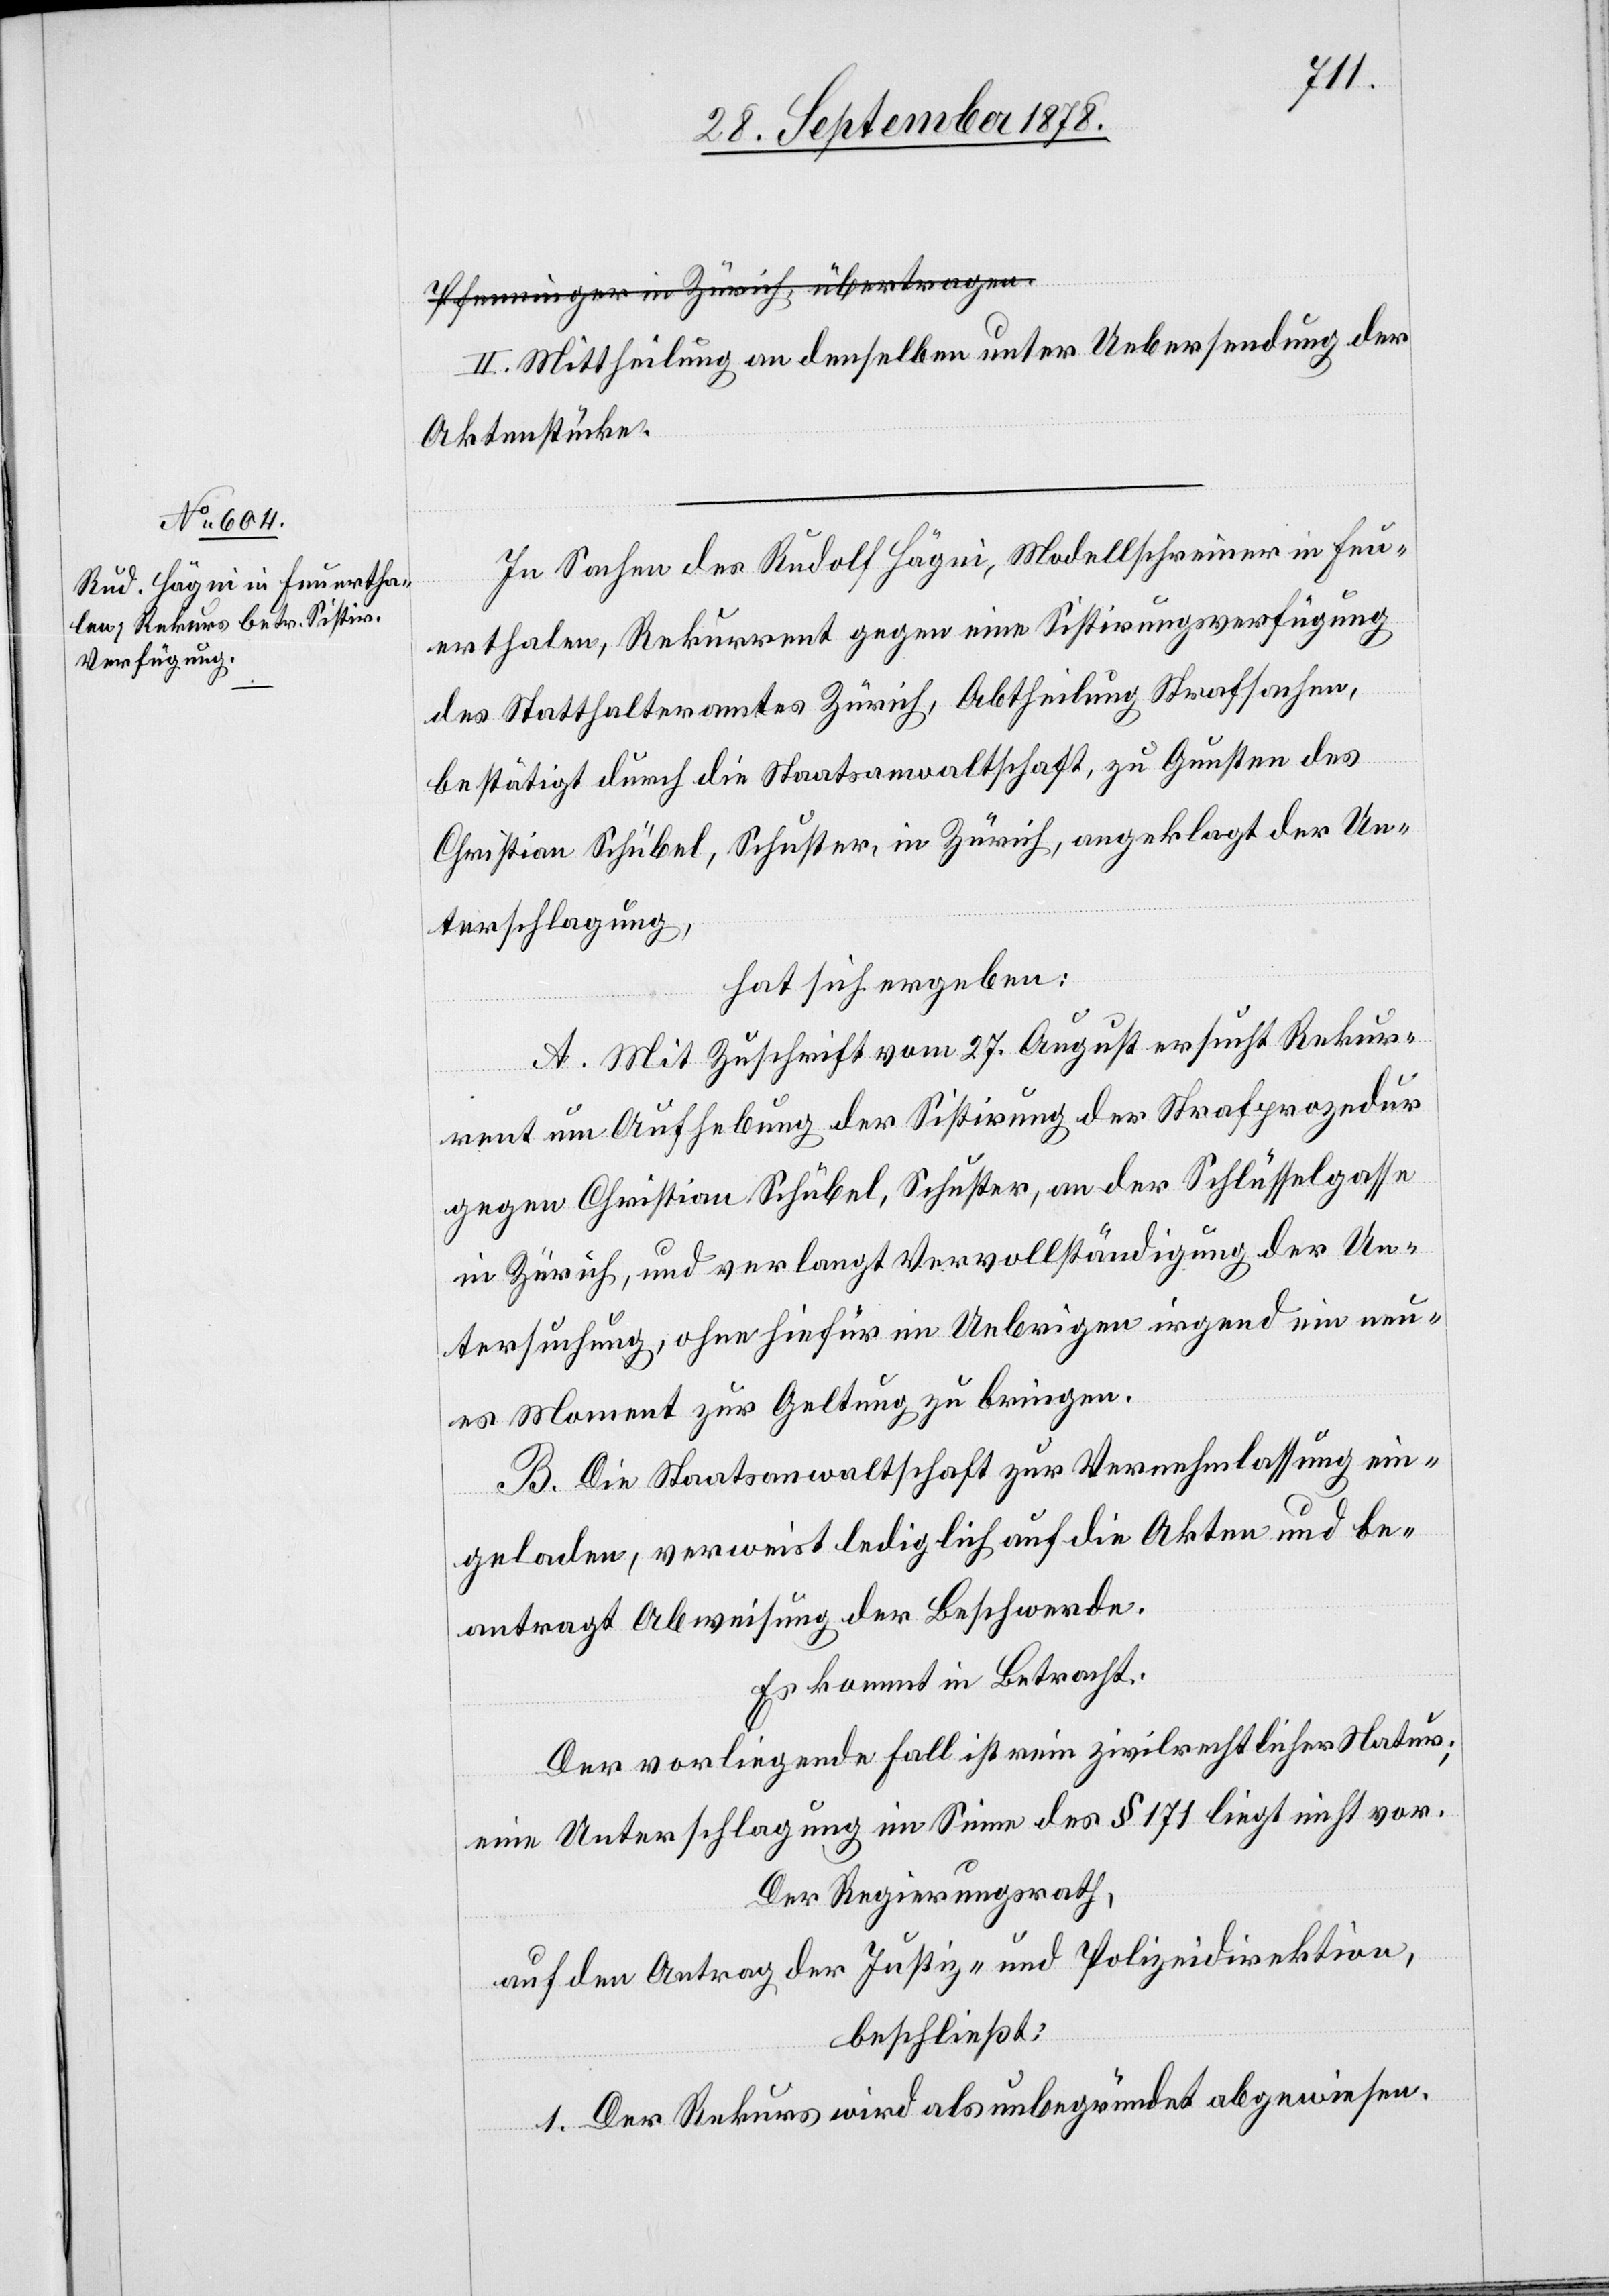
II. Mittheilung an denselben unter Uebersendung der
Aktenstücke.
In Sachen des Rudolf Hägni, Modellschreiner in Feu¬
erthalen, Rekurrent gegen eine Sistirungsverfügung
des Statthalteramtes Zürich, Abtheilung Strafsachen,
bestätigt durch die Staatsanwaltschaft, zu Gunsten des
Christian Schübel, Schuster, in Zürich, angeklagt der Un¬
terschlagung,
hat sich ergeben:
A. Mit Zuschrift vom 27. August ersucht Rekur¬
rent um Aufhebung der Sistirung der Strafprozedur
gegen Christian Schübel, Schuster, an der Schlüsselgasse
in Zürich, und verlangt Vervollständigung der Un¬
tersuchung, ohne hiefür im Uebrigen irgend ein neu¬
es Moment zur Geltung zu bringen.
B. Die Staatsanwaltschaft zur Vernehmlassung ein¬
geladen, verweist lediglich auf die Akten und be¬
antragt Abweisung der Beschwerde.
Es kommt in Betracht:
Der vorliegende Fall ist rein zivilrechtlicher Natur;
eine Unterschlagung im Sinne des § 171 liegt nicht vor.
Der Regierungsrath,
auf den Antrag der Justiz- und Polizeidirektion,
beschließt:
1. Der Rekurs wird als unbegründet abgewiesen.